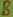
Text: B